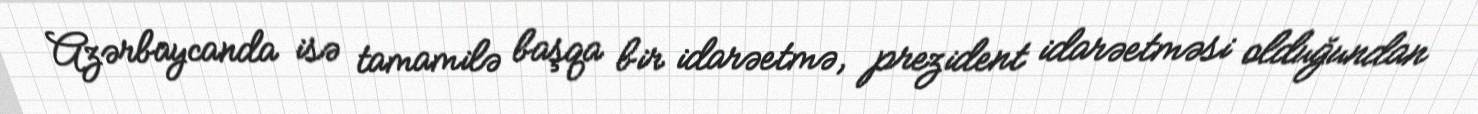
Azərbaycanda isə tamamilə başqa bir idarəetmə, prezident idarəetməsi olduğundan